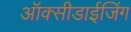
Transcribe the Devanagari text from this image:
ऑक्सीडाईजिंग